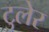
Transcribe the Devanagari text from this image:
टुलेर